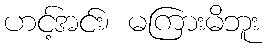
ဟင့်အင်း၊ မကြားမိဘူး